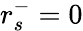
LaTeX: r_{s}^{-}=0